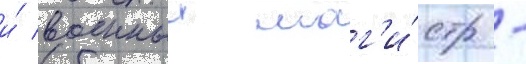
и́ военныи маг'и́стр -